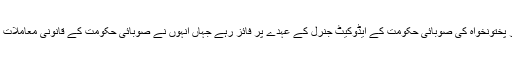
سنہ 1993 سے 1994 تک وہ خیبر پختونخواہ کی صوبائی حکومت کے ایڈوکیٹ جنرل کے عہدے پر فائز رہے جہاں انہوں نے صوبائی حکومت کے قانونی معاملات میں مشاورت کے فرائض انجام دیے۔